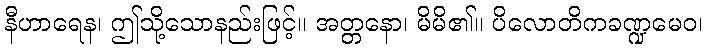
နီဟာရေန၊ ဤသို့သောနည်းဖြင့်။ အတ္တနော၊ မိမိ၏။ ပိလောတိကခဏ္ဍမေဝ၊